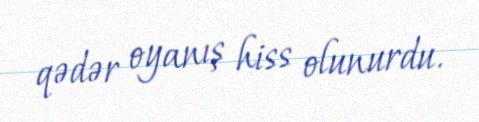
qədər oyanış hiss olunurdu.